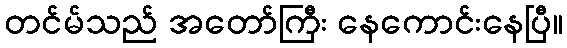
တင်မ်သည် အတော်ကြီး နေကောင်းနေပြီ။